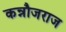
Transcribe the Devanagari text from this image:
कन्नौजराज